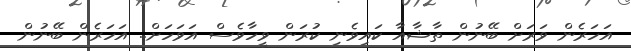
އަހަރެން ވަރަށް ބޭނުން ތާޝާއާ ކައިވެނި ކުރަން ވީހާވެސް އަވަހަށް.. އަހަރެން ބޭނުން